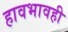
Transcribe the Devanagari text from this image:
हावभावही